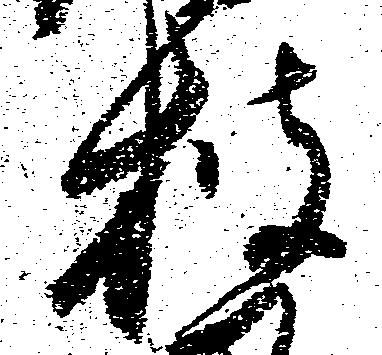
披